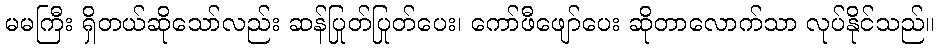
မမကြီး ရှိတယ်ဆိုသော်လည်း ဆန်ပြုတ်ပြုတ်ပေး၊ ကော်ဖီဖျော်ပေး ဆိုတာလောက်သာ လုပ်နိုင်သည်။